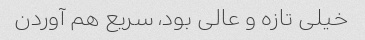
خیلی تازه و عالی بود، سریع هم آوردن